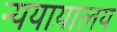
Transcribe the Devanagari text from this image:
न्ययायालय